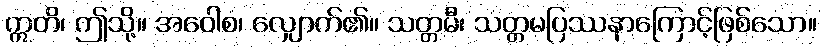
ဣတိ၊ ဤသို့။ အဝေါစ၊ လျှောက်၏။ သတ္တမီ၊ သတ္တမပြဿနာကြောင့်ဖြစ်သော။